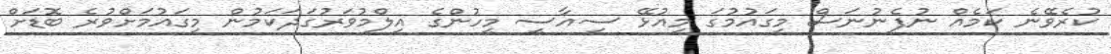
ކުރެވޭނެ ކަމެއް ނުފެނުނަސް މިގައުމުގަ މިއުޅޭ ސިއާސީ މީހުންގެ އިލްމުވަރުގަދަކަމުން މިގައުމަށްވުރެ ބޮޑަށް